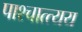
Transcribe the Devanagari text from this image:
पाश्चात्त्यय